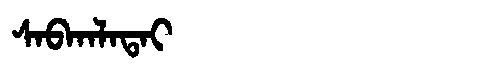
Manchu: ᠰᠠᠪᡴᠠᠯᠠᡨᠠᡳ
Romanization: SABKALATAI